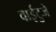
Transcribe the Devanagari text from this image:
वाईटुजे